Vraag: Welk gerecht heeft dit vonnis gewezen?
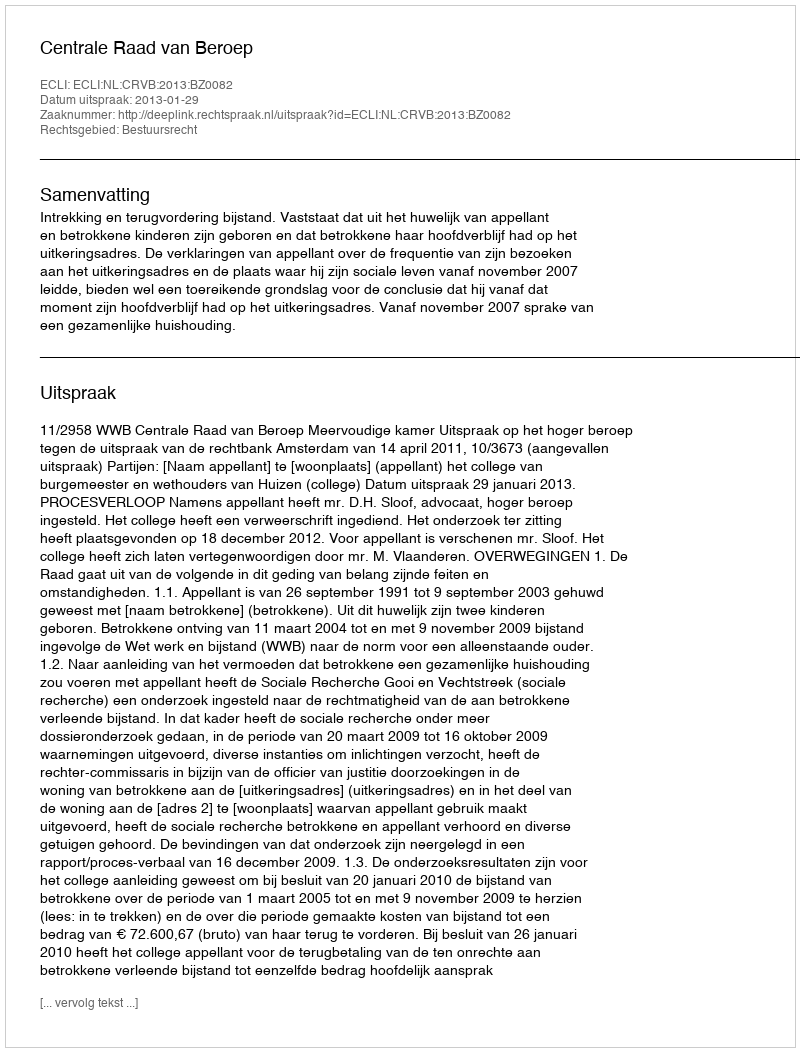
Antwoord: Centrale Raad van Beroep